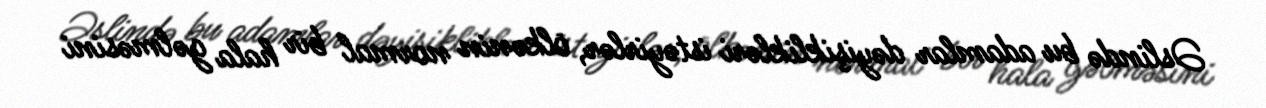
Əslində bu adamlar dəyişiklikləri istəyirlər, ölkənin normal bir hala gəlməsini